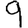
Digit: 9